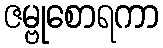
ဇမ္ဗုစောရကာ